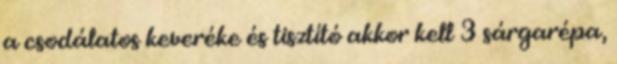
a csodálatos keveréke és tisztító akkor kell 3 sárgarépa,